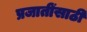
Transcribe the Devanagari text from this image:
प्रजातींसाठी